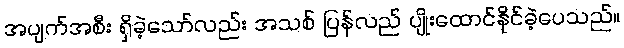
အပျက်အစီး ရှိခဲ့သော်လည်း အသစ် ပြန်လည် ပျိုးထောင်နိုင်ခဲ့ပေသည်။